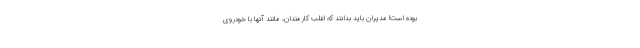
بوده است! مدیران باید بدانند که اغلب کارمندان، مانند آنها با خودروی